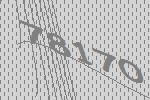
78170